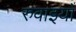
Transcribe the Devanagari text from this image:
रुवाइयाँ